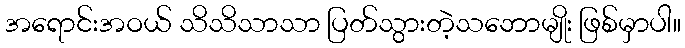
အရောင်းအဝယ် သိသိသာသာ ပြတ်သွားတဲ့သဘောမျိုး ဖြစ်မှာပါ။